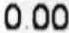
0.00